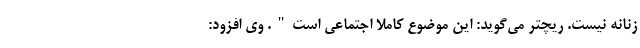
زنانه نیست. ریچتر می‌گوید: این موضوع کاملا اجتماعی است". وی افزود: